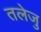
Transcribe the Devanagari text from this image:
तलेजु